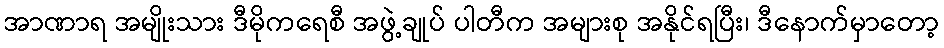
အာဏာရ အမျိုးသား ဒီမိုကရေစီ အဖွဲ့ချုပ် ပါတီက အများစု အနိုင်ရပြီး၊ ဒီနောက်မှာတော့